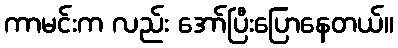
ကာမင်းက လည်း အော်ပြီးပြောနေတယ်။